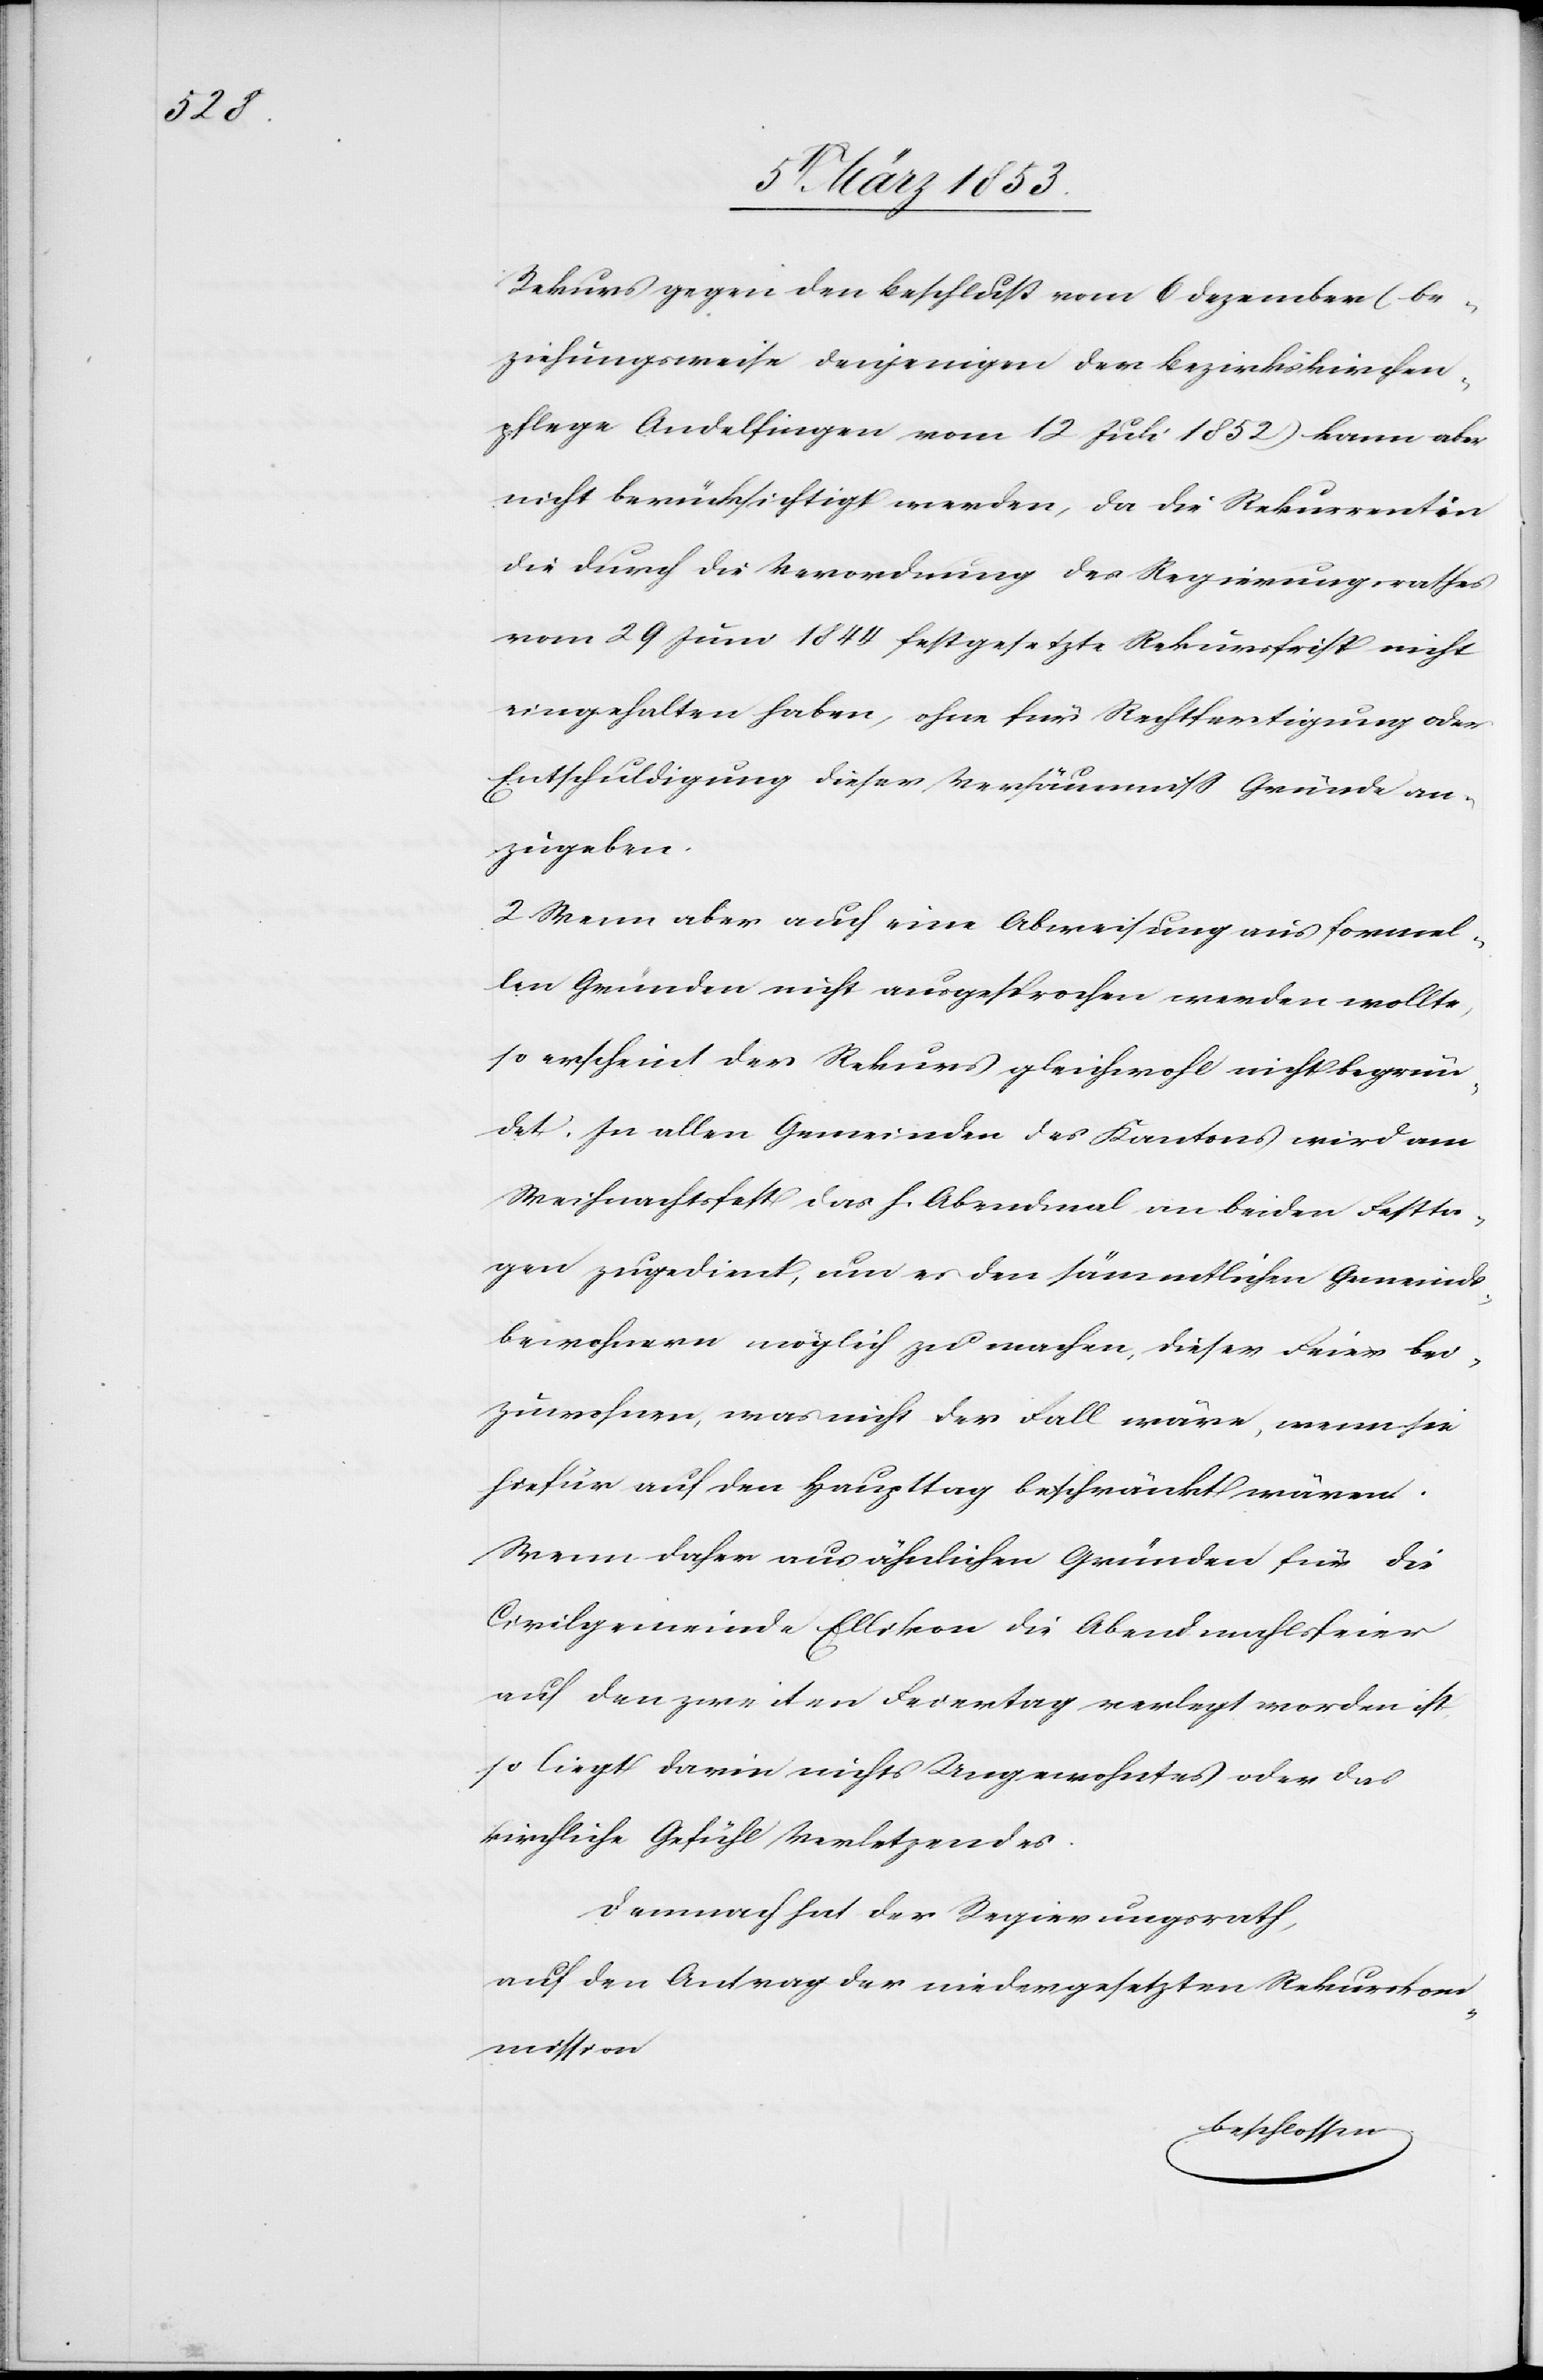
Rekurs gegen den Beschluß vom 6 Dezember (be¬
ziehungsweise denjenigen der Bezirkskirchen¬
pflege Andelfingen vom 12 Juli 1852) kann aber
nicht berücksichtigt werden, da die Rekurrentin
die durch die Verordnung des Regierungsrathes
vom 29 Juni 1844 festgesetzte Rekursfrist nicht
eingehalten haben, ohne für Rechtfertigung oder
Entschuldigung dieser Versäumniß Gründe an¬
zugeben.
2 Wenn aber auch eine Abweisung aus formel¬
len Gründen nicht ausgesprochen werden wollte,
so erscheint der Rekurs gleichwohl nicht begrün¬
det. In allen Gemeinden des Kantons wird am
Weihnachtsfest des h. Abendmahl an beiden Festta¬
gen zugedient, um es den sämmtlichen Gemeinds¬
bewohnern möglich zu machen, dieser Feier bei¬
zuwohnen, was nicht der Fall wäre, wenn sie
hiefür auf den Haupttag beschränkt wären.
Wenn daher aus ähnlichen Gründen für die
Civilgemeinde Ellikon die Abendmahlfeier
auf den zweiten Feiertag verlegt worden ist,
so liegt darin nichts Ungewohntes oder das
kirchliche Gefühl Verletztendes.
Demnach hat der Regierungsrath,
auf den Antrag der niedergesetzten Rekurskom¬
mission